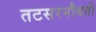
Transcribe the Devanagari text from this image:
तटसरनौबती